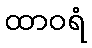
ထာဝရံ